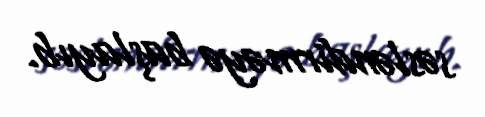
səsləndirməyə başlayıb.